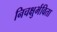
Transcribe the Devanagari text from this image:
निचक्षुर्भविता